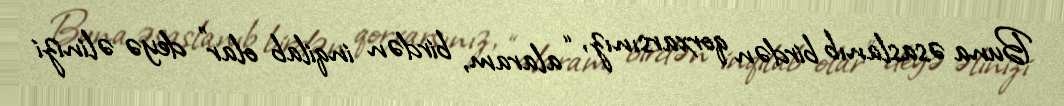
Buna əsaslanıb birdən qorxarsınız, “alaram, birdən inqilab olar” deyə əlinizi